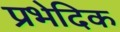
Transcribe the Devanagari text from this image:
प्रभेदिक